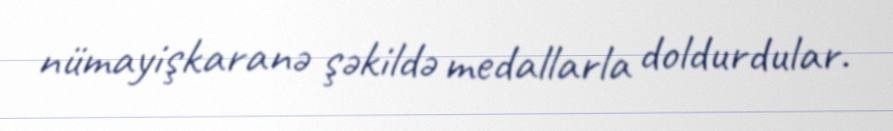
nümayişkaranə şəkildə medallarla doldurdular.